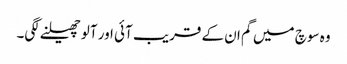
وہ سوچ میں گم ان کے قریب آئی اور آلو چھیلنے لگی۔